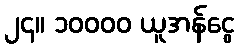
၂၄။ ၁၀၀၀၀ ယူအန်ငွေ